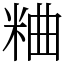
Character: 粬